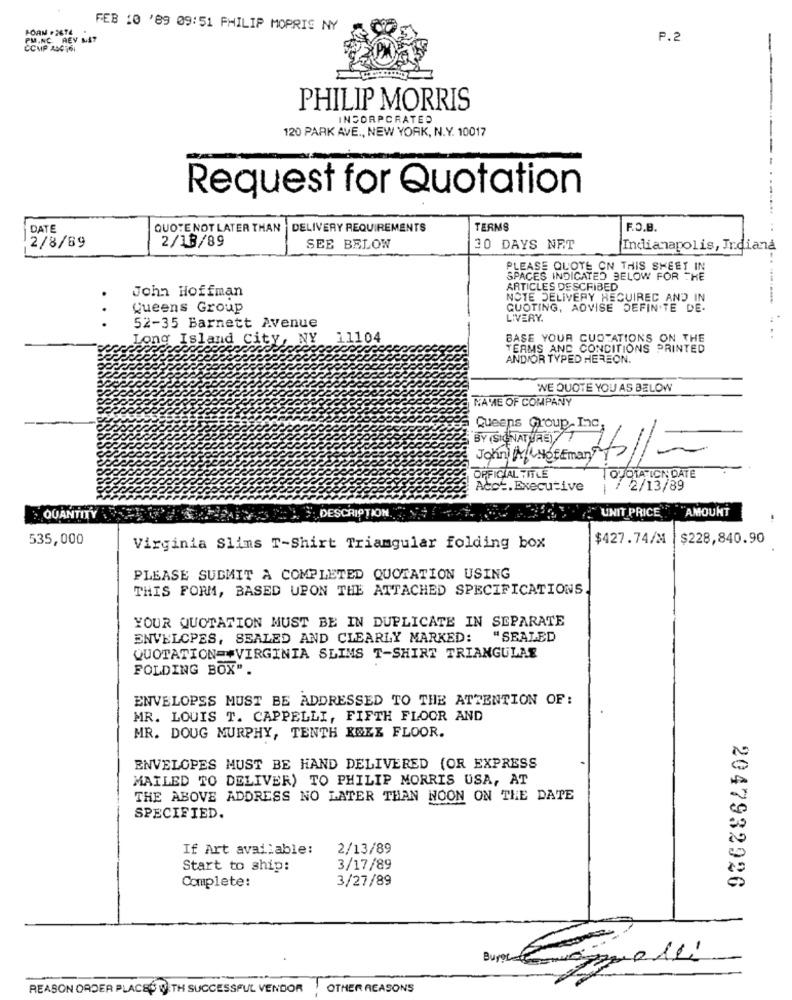
FORM . 2674
FEB 10 '89 09:51 PHILIP MORRIS NY
PMINC. REV MAT
P.2
COMP 404761
PHILIP MORRIS
INCORPORATED
120 PARK AVE ., NEW YORK, N.Y. 10017
Request for Quotation
DATE
QUOTE NOT LATER THAN
DELIVERY REQUIREMENTS
TERMS
F.O.B.
2/18/89
2/8/89
SEE BELOW
20 DAYS NET
Indianapolis, Indiana
PLEASE QUOTE ON THIS SHEET IN
SPACES INDICATED BELOW FOR THE
John Hoffman
ARTICLES DESCRIBED
NOTE DELIVERY HECUIREC AND IN
Queens Group
QUOTING, ADVISE DEFINITE DE.
LIVERY.
52-35 Barnett Avenue
Long Island City, NY 11104
BASE YOUR CUOTATIONS ON THE
TERMS AND CONDITIONS PRINTED
AND/OR TYPED HEREON.
WE QUOTE YOU AS BELOW
NA WE OF COMPANY
Queens Group, Inc
BY (SIGNATURE)
OFFICIAL TITLE
QUOTA ICN DATE
Aco -. Executive
/ 2/13/89
DESCRIPTION
UNIT PRICE ."AMOUNT
QUANTITY
535,000
$427.74/M
$228,840.90
Virginia Slims T-Shirt Triangular folding box
PLEASE SUBMIT A COMPLETED QUOTATION USING
THIS FORM, BASED UPON THE ATTACHED SPECIFICATIONS
YOUR QUOTATION MUST BE IN DUPLICATE IN SEPARATE
ENVELOPES, SEALED AND CLEARLY MARKED:
"SEALED
QUOTATION =* VIRGINIA SLIMS T-SHIRT TRIANGULAE
FOLDING BOX" .
ENVELOPES MUST BE ADDRESSED TO THE ATTENTION OF:
MR. LOUIS T. CAPPELLI, FIFTH FLOOR AND
MR. DOUG MURPHY, TENTH KOLE FLOOR.
ENVELOPES MUST BE HAND DELIVERED (OR EXPRESS
MAILED TO DELIVER) TO PHILIP MORRIS USA, AT
THE ABOVE ADDRESS NO LATER THAN NOON ON THE DATE
SPECIFIED.
If Art available:
2/13/89
Start to ship:
3/17/89
Complete:
3/27/89
2047932926
REASON ORDER PLACEWITH SUCCESSFUL VENDOR OTHER REASONS